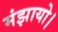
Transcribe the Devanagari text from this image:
मंझायो।